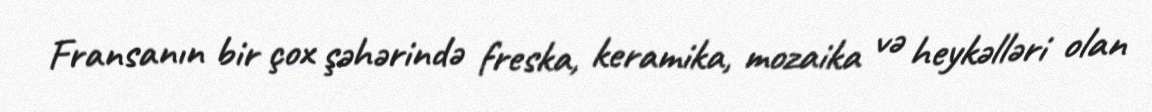
Fransanın bir çox şəhərində freska, keramika, mozaika və heykəlləri olan